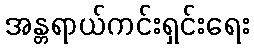
အန္တရာယ်ကင်းရှင်းရေး